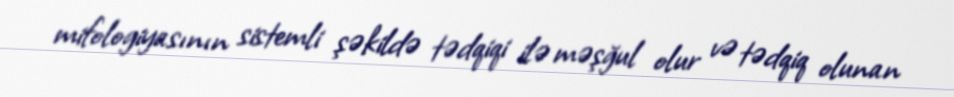
mifologiyasının sistemli şəkildə tədqiqi ilə məşğul olur və tədqiq olunan